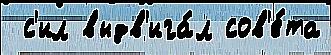
 с'ил выдв'ига́л сов'е́та